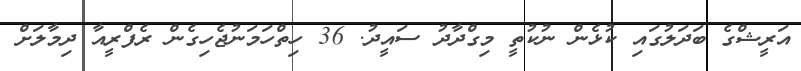
އަރީޝްގެ ބަދަލުގައި ކުޅެން ނުކުތީ މިގްދާދު ސައީދު. 36 ހިތްހަމަނުޖެހިގެން ރެފްރީއާ ދިމާލަށް